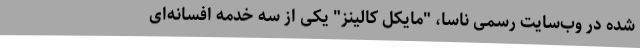
شده در وب‌سایت رسمی ناسا، "مایکل کالینز" یکی از سه خدمه افسانه‌ای